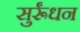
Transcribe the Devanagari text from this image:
सुर्रूंधन